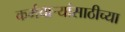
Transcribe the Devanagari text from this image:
कर्मचार्‍यांसाठीच्या